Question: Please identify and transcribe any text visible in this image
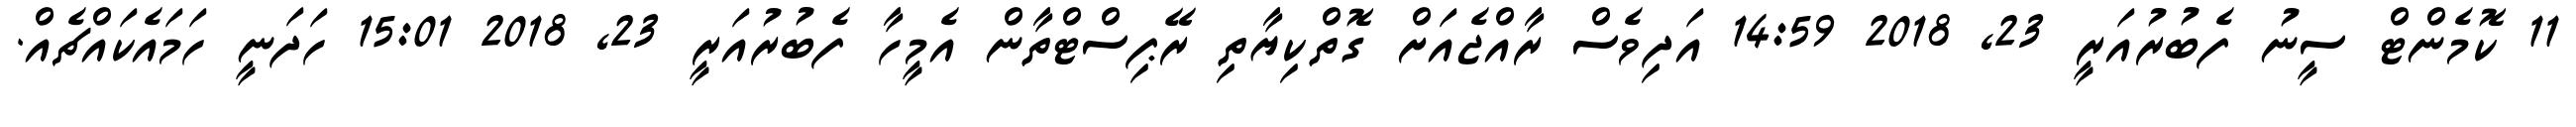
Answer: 11 ކޮމެންޓް ސީނު ފެބުރުއަރީ 23, 2018 14:59 އަދިވެސް ރާއްޖެއަށް ގޮތްކިޔާތި ރޭޕިސްޓްތާން އެމީހާ ފެބުރުއަރީ 23, 2018 15:01 ހަދަނީ ހަމައެކައްޗެއް.